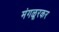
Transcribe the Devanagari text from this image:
मंगळूरकर